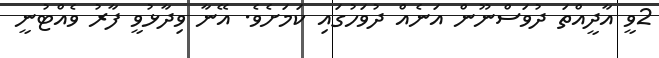
2ވީ އާދީއްތަ ދުވަސްނޫން އަނެއް ދުވަހުގައި ކަމަށެވެ. އޭނާ ވިދާޅުވީ ފާރު ވެއްޓުނީ